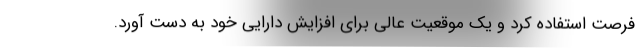
فرصت استفاده کرد و یک موقعیت عالی برای افزایش دارایی‌ خود به دست آورد.